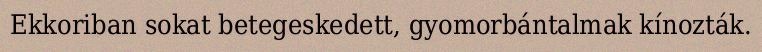
Ekkoriban sokat betegeskedett, gyomorbántalmak kínozták.